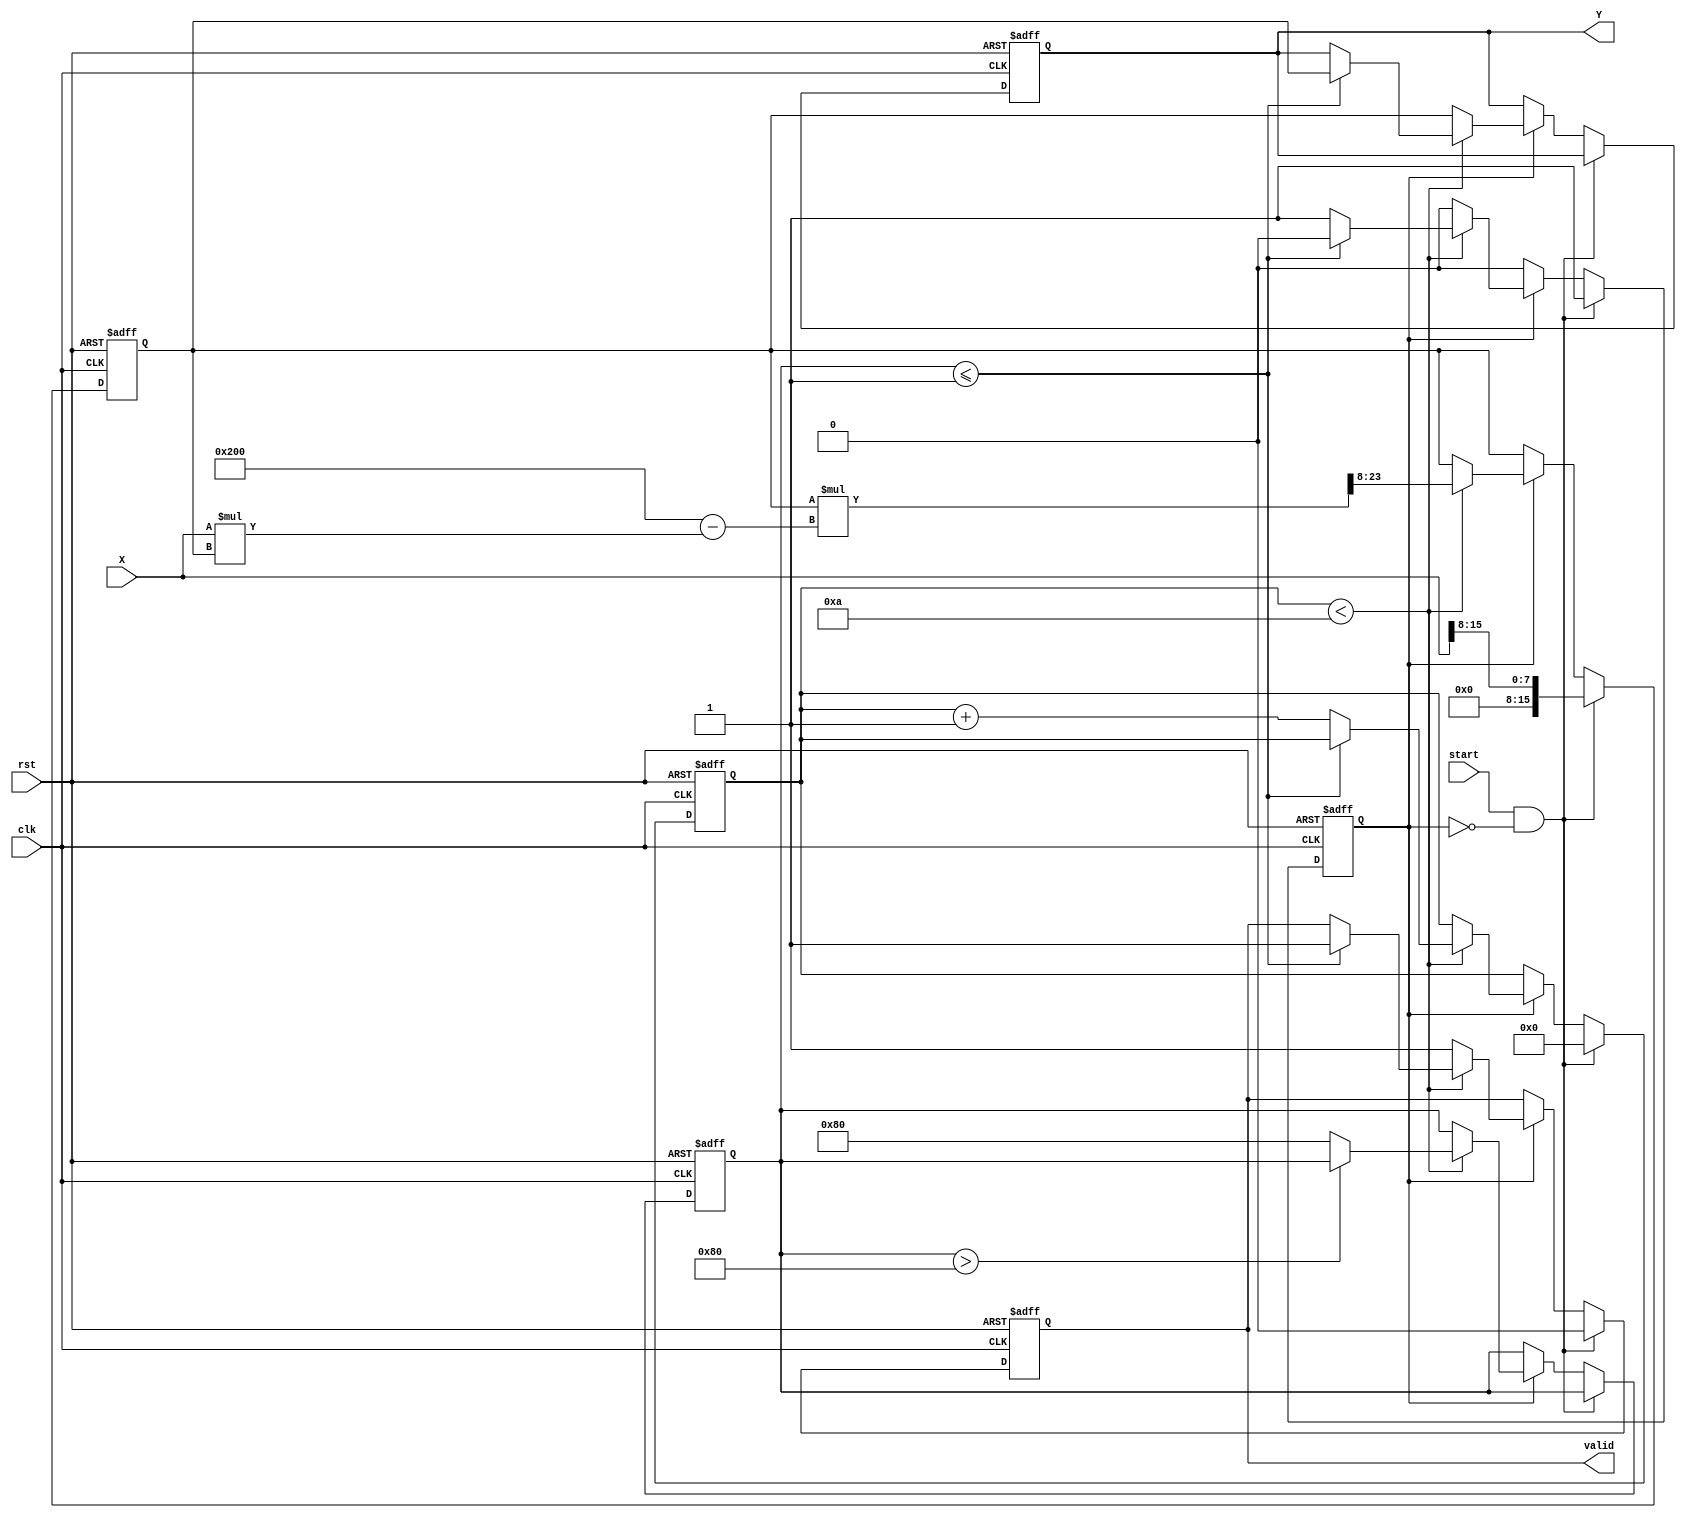
module fixed_point_reciprocal #(
    parameter M = 8,  // Number of integer bits
    parameter N = 8   // Number of fractional bits
)(
    input wire clk,
    input wire rst,
    input wire start,
    input wire [M+N-1:0] X,  // Input fixed-point number (Qm.n)
    output reg [M+N-1:0] Y,   // Output fixed-point reciprocal (Qm.n)
    output reg valid           // Output valid signal
);

    localparam MAX_ITER = 10;  // Maximum iterations for Newton-Raphson
    localparam TOLERANCE = 16'h0001; // Tolerance for convergence

    reg [M+N-1:0] approx;      // Current approximation of reciprocal
    reg [M+N-1:0] error;       // Error in approximation
    reg [3:0] iter_count;      // Iteration counter
    reg computing;              // Flag for computing state

    // Initialize outputs
    always @(posedge clk or posedge rst) begin
        if (rst) begin
            Y <= 0;
            valid <= 0;
            approx <= 0;
            error <= 0;
            iter_count <= 0;
            computing <= 0;
        end else begin
            if (start && !computing) begin
                // Start computation
                approx <= {1'b0, X[M+N-1:M]}; // Initial approximation (1 / X)
                iter_count <= 0;
                computing <= 1;
                valid <= 0;
            end else if (computing) begin
                // Perform Newton-Raphson iteration
                if (iter_count < MAX_ITER) begin
                    // Calculate next approximation
                    approx <= approx * (2**(N+1) - X * approx) >> N; // approx = approx * (2 - X * approx)
                    error <= (X * approx) >> N; // Calculate error
                    error <= (error > (1 << (N-1))) ? error : (1 << (N-1)); // Ensure error is positive

                    // Check for convergence
                    if (error <= TOLERANCE) begin
                        computing <= 0; // Stop computing
                        valid <= 1;     // Output is valid
                        Y <= approx;    // Store final result
                    end else begin
                        iter_count <= iter_count + 1; // Increment iteration count
                    end
                end else begin
                    computing <= 0; // Stop computing after max iterations
                    valid <= 1;     // Output is valid
                    Y <= approx;    // Store final result
                end
            end
        end
    end

endmodule